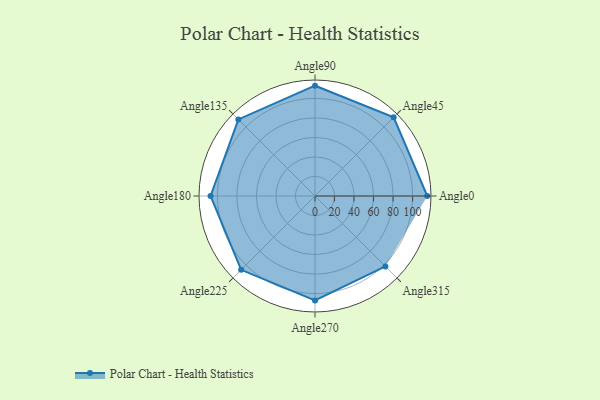
{"axis": {"x": "Angle", "y": "Radius"}, "legend": [""], "data": [{"x": "Angle0", "y": 115.0, "type": ""}, {"x": "Angle45", "y": 114.0, "type": ""}, {"x": "Angle90", "y": 113.0, "type": ""}, {"x": "Angle135", "y": 111.0, "type": ""}, {"x": "Angle180", "y": 107.0, "type": ""}, {"x": "Angle225", "y": 107.0, "type": ""}, {"x": "Angle270", "y": 107.0, "type": ""}, {"x": "Angle315", "y": 102.0, "type": ""}]}